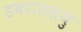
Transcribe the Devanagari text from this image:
डबरालसयुं